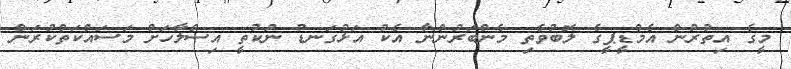
މީގެ އިތުރުން އެމްޑީޕީގެ ލޮބުވެތި މެންބަރުންނާ އެކު އަޅުގަނޑު ނުކުތީ އިސްލާހަށް މަސައްކަތްކުރަން